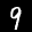
Label: 9